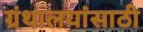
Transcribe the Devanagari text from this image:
ग्रंथालयांसाठी